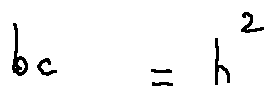
b c = h ^ { 2 }